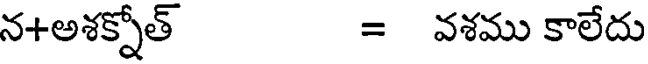
న+అశక్నోత్ = వశము కాలేదు